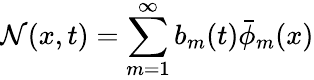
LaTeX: \mathcal{N}(x,t)=\sum_{m=1}^{\infty}b_{m}(t)\bar{\phi}_{m}(x)